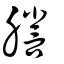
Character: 謄